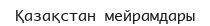
Қазақстан мейрамдары